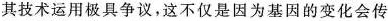
其技术运用极具争议，这不仅是因为基因的变化会传